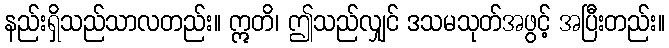
နည်းရှိသည်သာလတည်း။ ဣတိ၊ ဤသည်လျှင် ဒသမသုတ်အဖွင့် အပြီးတည်း။